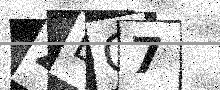
Text: ZBG7